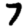
Digit: 7